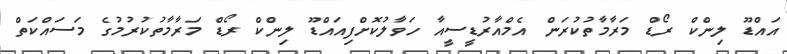
އައްޑޫ ލިންކް ރޯޑް މަރާމާތުކުރަން އެމްއާރުޑީސީއާ ހަވާލުކޮށްފިއައްޑޫ ލިންކް ރޯޑް މަރާމާތުކުރުމުގެ މަސައްކަތް